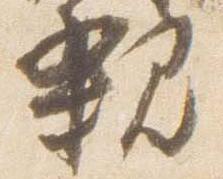
親